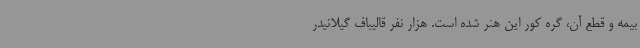
بیمه و قطع آن، گره کور این هنر شده است. هزار نفر قالیباف گیلانیدر